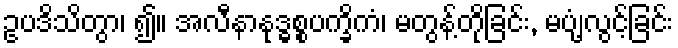
ဥပဒိသိတွာ၊ ၍။ အလီနာနုဒ္ဓစ္စပက္ခိကံ၊ မတွန့်တိုခြင်း, မပျံ့လွင့်ခြင်း